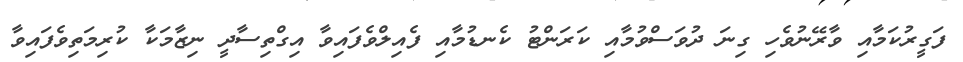
ފަގީރުކަމާއި ވާރޭނުވެހި ގިނަ ދުވަސްވުމާއި ކަރަންޓު ކެނޑުމާއި ފެއިލްވެފައިވާ އިގްތިސާދީ ނިޒާމަކާ ކުރިމަތިވެފައިވާ